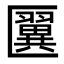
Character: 𠥦